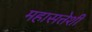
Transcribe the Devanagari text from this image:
महासत्तेशी